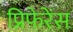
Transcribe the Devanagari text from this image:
प्रिफेरेंस